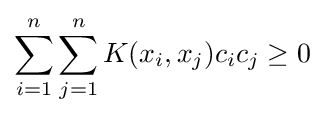
\sum _{i=1}^{n}\sum _{j=1}^{n}K(x_{i},x_{j})c_{i}c_{j}\geq 0